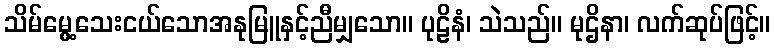
သိမ်မွေ့သေးငယ်သောအနုမြူနှင့်ညီမျှသော။ ပုဠိနံ၊ သဲသည်။ မုဌိနာ၊ လက်ဆုပ်ဖြင့်။